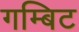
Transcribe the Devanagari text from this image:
गम्बिट